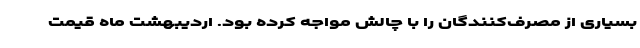
بسیاری از مصرف‌کنندگان را با چالش مواجه کرده بود. اردیبهشت ‌ماه قیمت